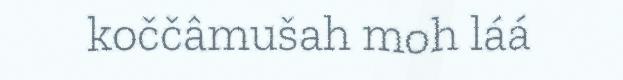
koččâmušah moh láá